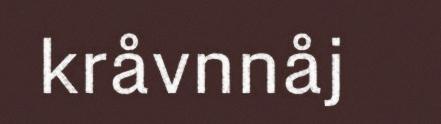
kråvnnåj